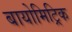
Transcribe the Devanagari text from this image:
बायोमिट्रिक